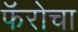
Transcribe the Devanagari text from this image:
फॅरोचा